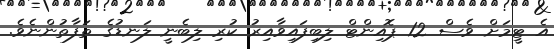
އެ ޓީމަށް ވެސް 12 ޕޮއިންޓް ލިބިފައިވާއިރު ކުރި ލިބެނީ ލަނޑުގެ ތަފާތުންނެވެ.